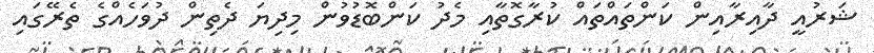
ޝަރުއީ ދާއިރާއިން ކަންތައްތައް ކުރާގޮތާއި މެދު ކަންބޮޑުވުން މިދިޔަ ދެތިން ދުވަހެއްގެ ތެރޭގައި